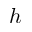
h